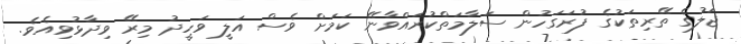
ޖަލުގެ ތޭރިތަކުގެ ފުރަގަހުން ސަލާމަތްކުރައްވާނޭ ކަމަށް ވެސް އަލީ ވަހީދު މިރޭ ވިދާޅުވިއެވެ.